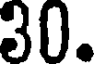
30.